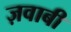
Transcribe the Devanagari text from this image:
ज़वाबी